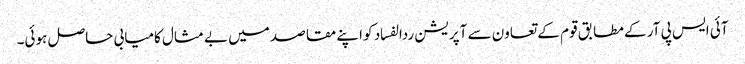
آئی ایس پی آر کے مطابق قوم کے تعاون سے آپریشن ردالفساد کو اپنے مقاصد میں بے مثال کامیابی حاصل ہوئی۔